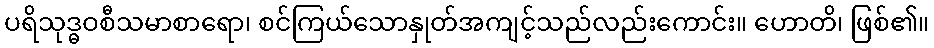
ပရိသုဒ္ဓဝစီသမာစာရော၊ စင်ကြယ်သောနှုတ်အကျင့်သည်လည်းကောင်း။ ဟောတိ၊ ဖြစ်၏။